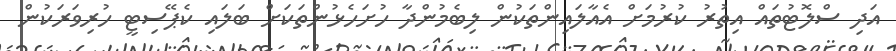
އަދި ސްލޮޓުތައް އިތުރު ކުރުމަށް އެއާލައިންތަކުން ލިބެމުންދާ ހުށަހެޅުންތަކަށް ބަލައި ކެޕޭސިޓީ ހުރިވަރަކުން